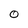
Character: 0